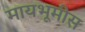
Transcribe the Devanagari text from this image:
मायभूमीस